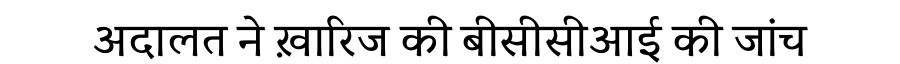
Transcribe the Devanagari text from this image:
अदालत ने ख़ारिज की बीसीसीआई की जांच